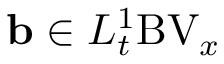
\ensuremath { \mathbf { b } } \in L _ { t } ^ { 1 } \mathrm { B V } _ { x }